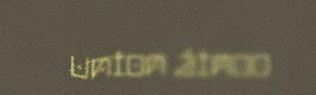
union áinoo